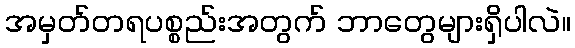
အမှတ်တရပစ္စည်းအတွက် ဘာတွေများရှိပါလဲ။